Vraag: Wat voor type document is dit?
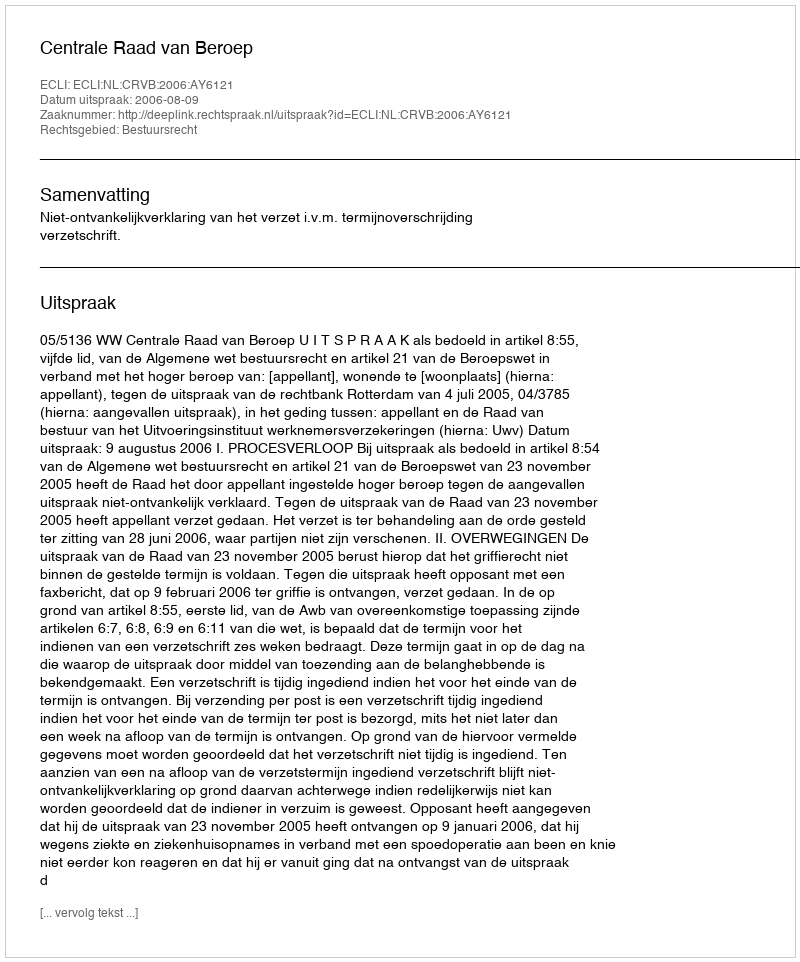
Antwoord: Uitspraak